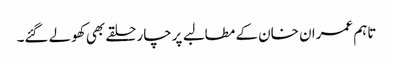
تاہم عمران خان کے مطالبے پرچار حلقے بھی کھولے گئے۔